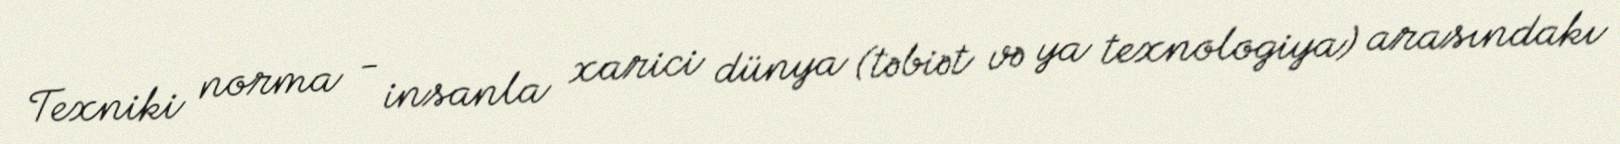
Texniki norma - insanla xarici dünya (təbiət və ya texnologiya) arasındakı